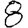
Digit: 8